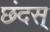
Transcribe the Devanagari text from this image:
छंदस्